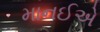
માનઈએ